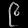
Digit: ၉